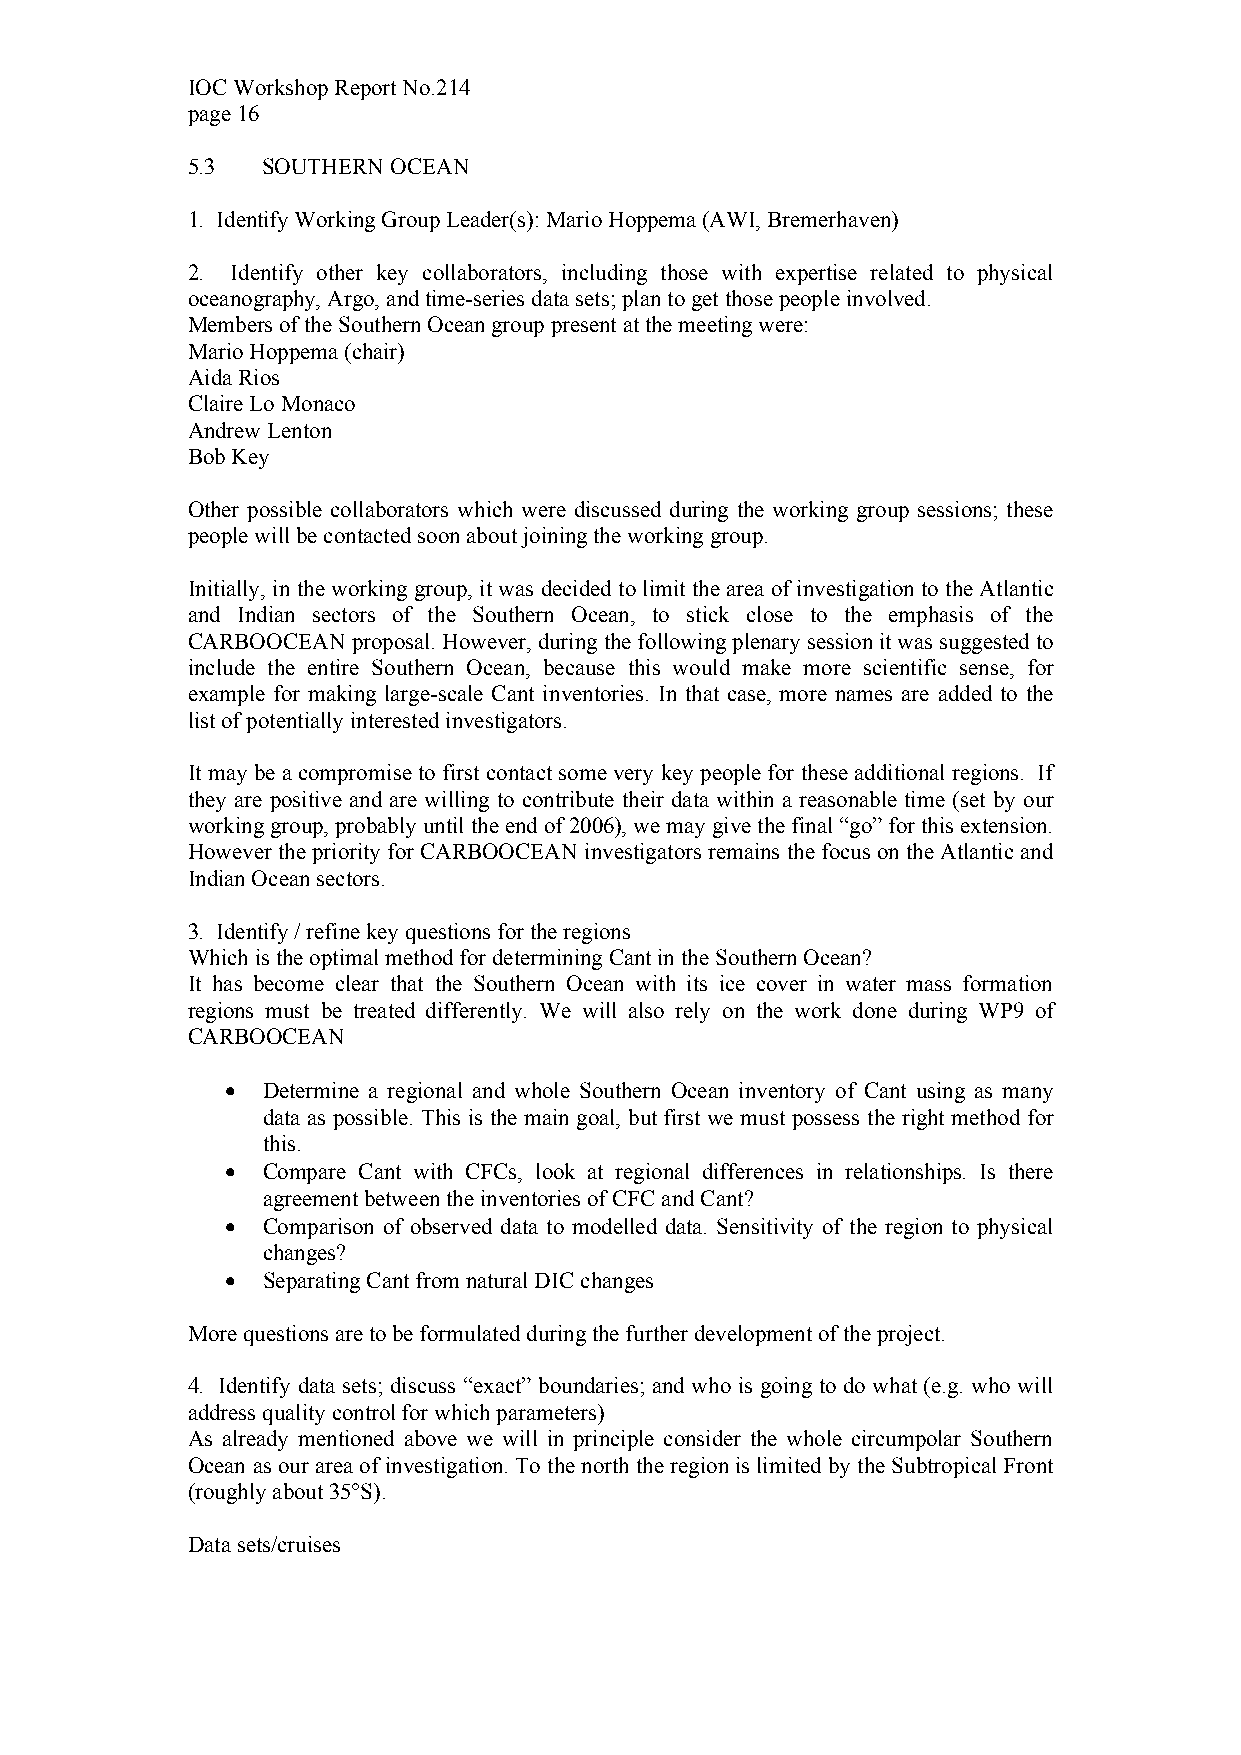
IOC Workshop Report No.214
 page 16
 5.3  SOUTHERN OCEAN
 1. Identify Working Group Leader(s): Mario Hoppema (AWI, Bremerhaven)
 2. Identify other key collaborators, including those with expertise related to physical
 oceanography, Argo, and time-series data sets; plan to get those people involved.
 Members of the Southern Ocean group present at the meeting were:
 Mario Hoppema (chair)
 Aida Rios
 Claire Lo Monaco
 Andrew Lenton
 Bob Key
 Other possible collaborators which were discussed during the working group sessions; these
 people will be contacted soon about joining the working group.
 Initially, in the working group, it was decided to limit the area of investigation to the Atlantic
 and Indian sectors of the Southern Ocean, to stick close to the emphasis of the
 CARBOOCEAN proposal. However, during the following plenary session it was suggested to
 include the entire Southern Ocean, because this would make more scientific sense, for
 example for making large-scale Cant inventories. In that case, more names are added to the
 list of potentially interested investigators.
 It may be a compromise to first contact some very key people for these additional regions. If
 they are positive and are willing to contribute their data within a reasonable time (set by our
 working group, probably until the end of 2006), we may give the final “go” for this extension.
 However the priority for CARBOOCEAN investigators remains the focus on the Atlantic and
 Indian Ocean sectors.
 3. Identify / refine key questions for the regions
 Which is the optimal method for determining Cant in the Southern Ocean?
 It has become clear that the Southern Ocean with its ice cover in water mass formation
 regions must be treated differently. We will also rely on the work done during WP9 of
 CARBOOCEAN
 • Determine a regional and whole Southern Ocean inventory of Cant using as many
 data as possible. This is the main goal, but first we must possess the right method for
 this.
 • Compare Cant with CFCs, look at regional differences in relationships. Is there
 agreement between the inventories of CFC and Cant?
 • Comparison of observed data to modelled data. Sensitivity of the region to physical
 changes?
 • Separating Cant from natural DIC changes
 More questions are to be formulated during the further development of the project.
 4. Identify data sets; discuss “exact” boundaries; and who is going to do what (e.g. who will
 address quality control for which parameters)
 As already mentioned above we will in principle consider the whole circumpolar Southern
 Ocean as our area of investigation. To the north the region is limited by the Subtropical Front
 (roughly about 35°S).
 Data sets/cruises